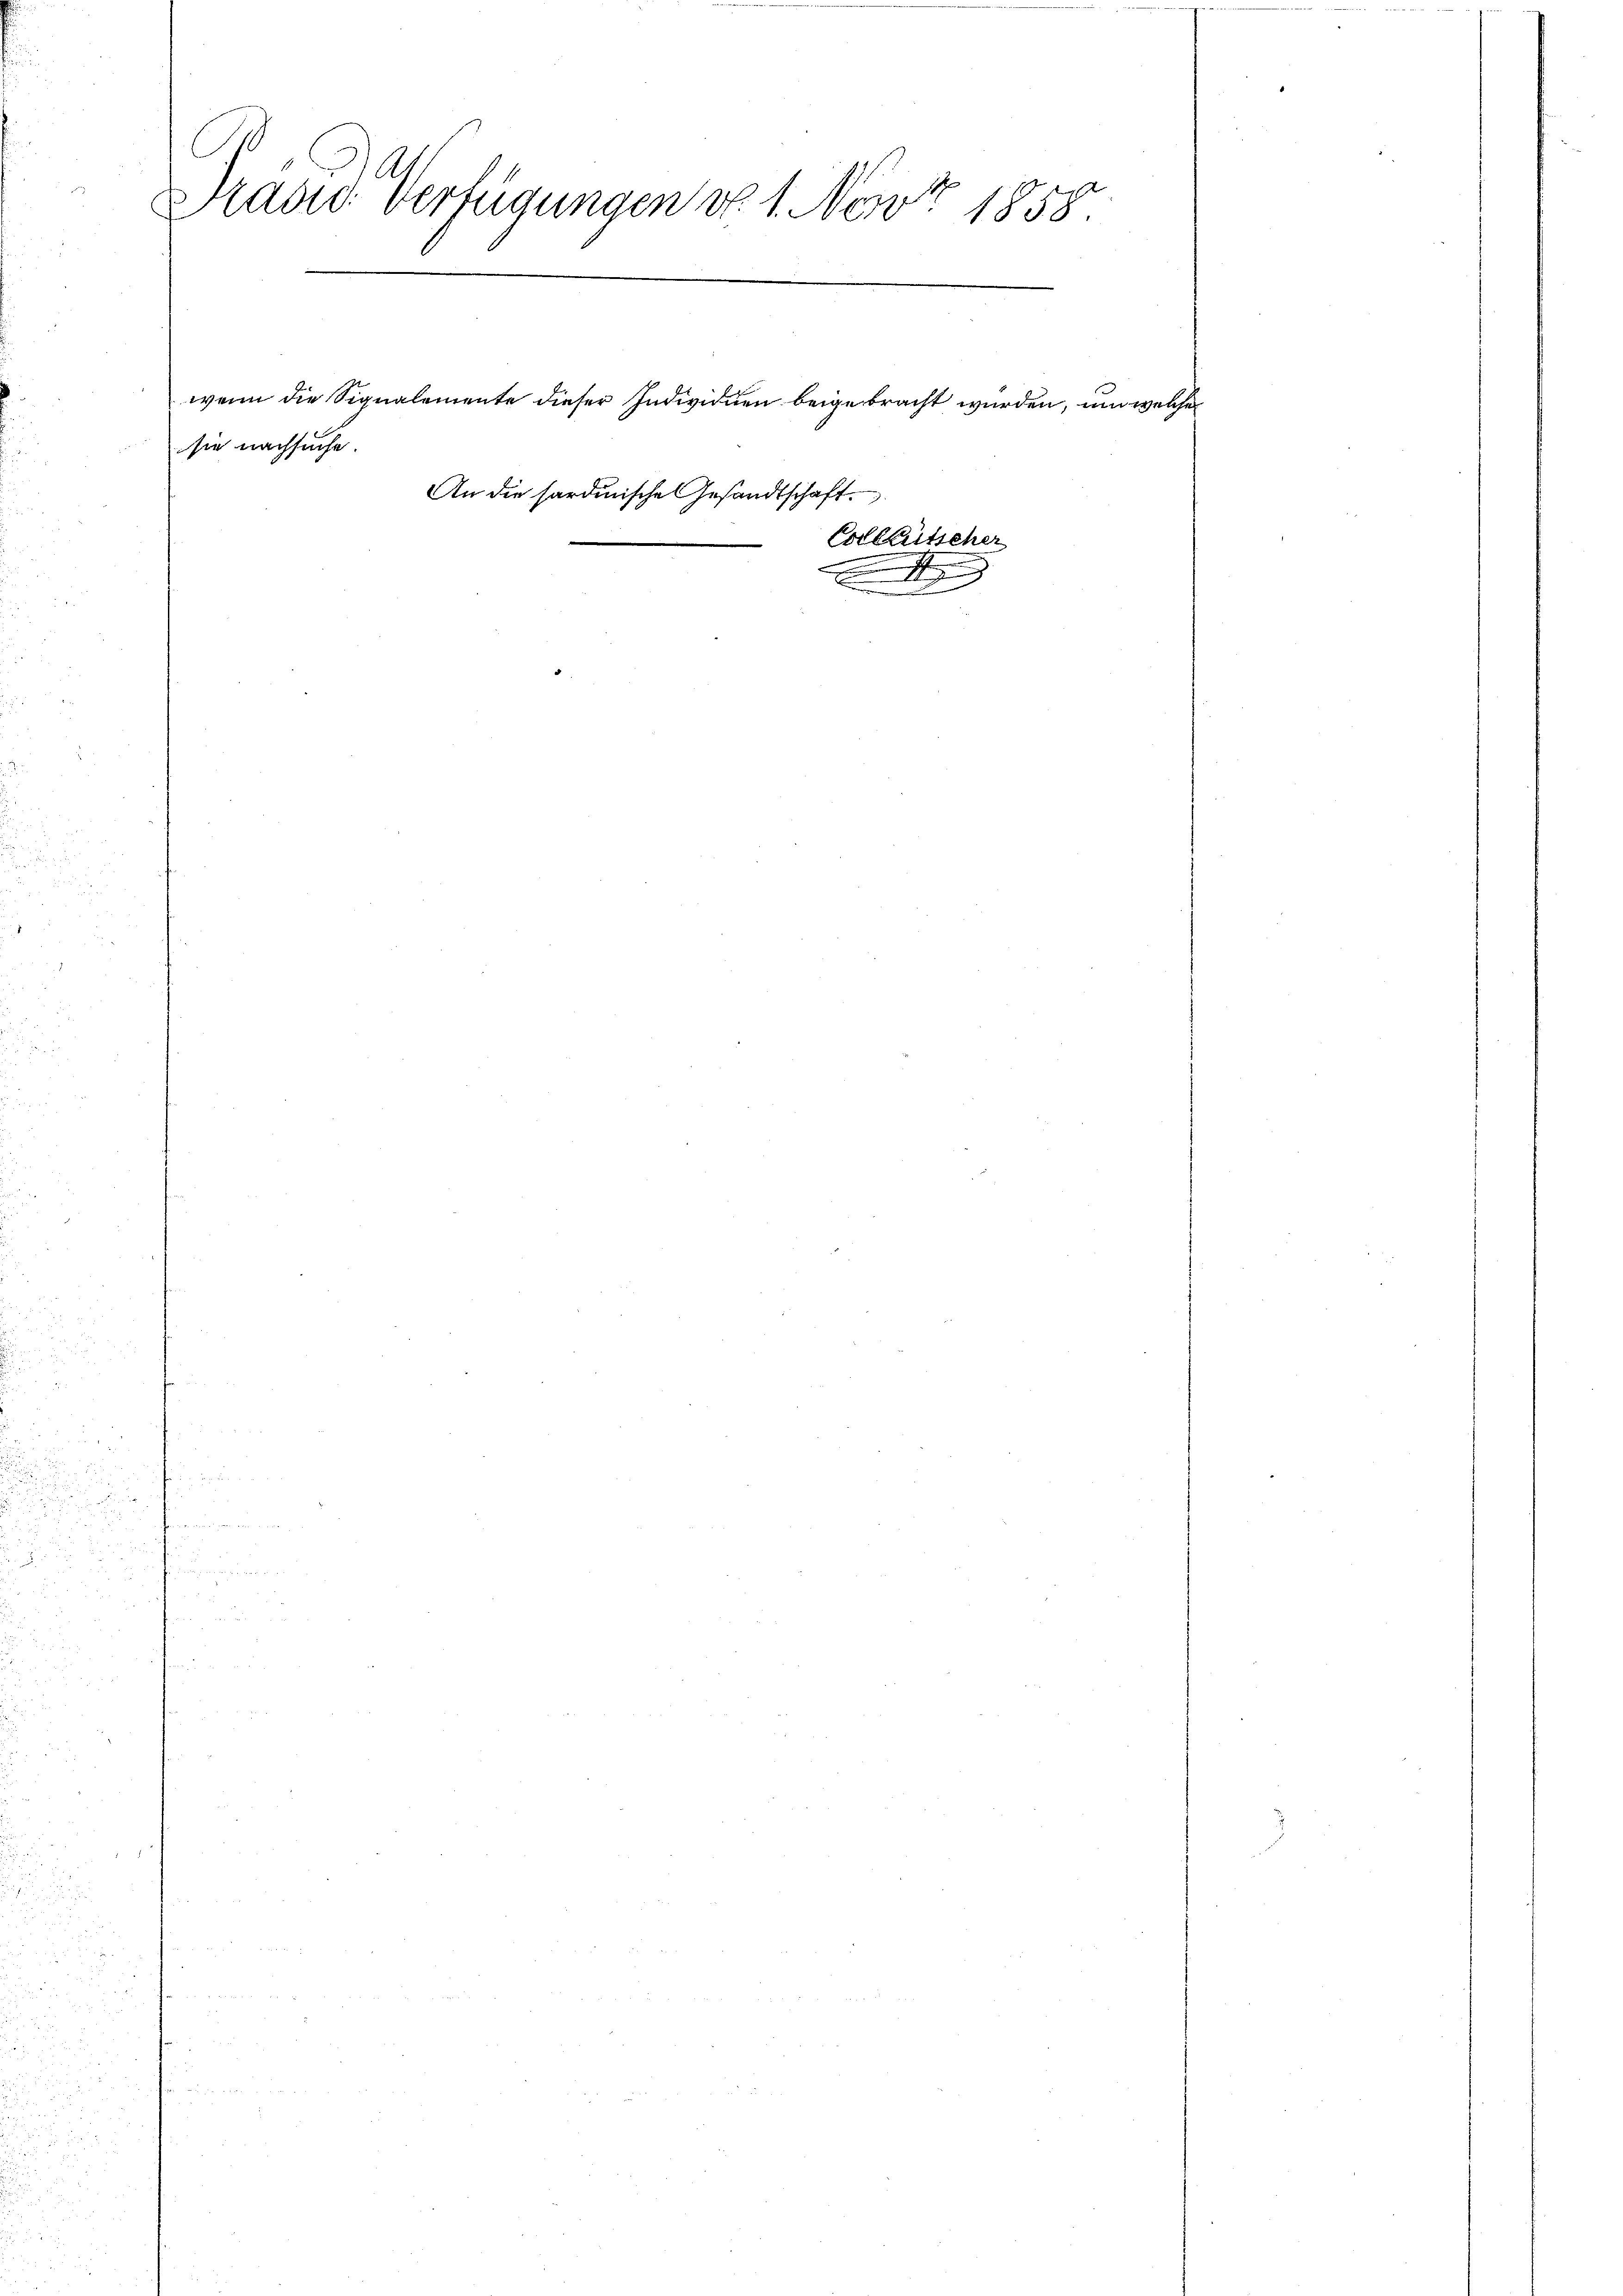
Präsid Verfügungen d. 1. Nont 1858
gern d
 1

sie nachsuche.

wenn die Signalemente dieser Individuen beigebracht wurden, um welche
An die sardinische Gesandtschaft.

Colleütscher
t